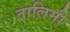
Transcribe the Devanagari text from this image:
तालिमी